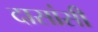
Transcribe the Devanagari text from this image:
दासांसी